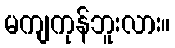
မကျကုန်ဘူးလား။